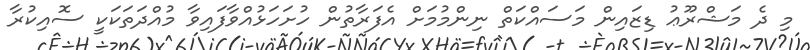
މި ދެ މަޝްރޫޢު ޑިޒައިން މަސައްކަތް ނިންމުމަށް އެފަރާތުން ހުށަހަޅުއްވާފައިވާ މުއްދަތަކަކީ ސޮއިކުރާ